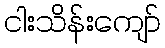
ငါးသိန်းကျော်